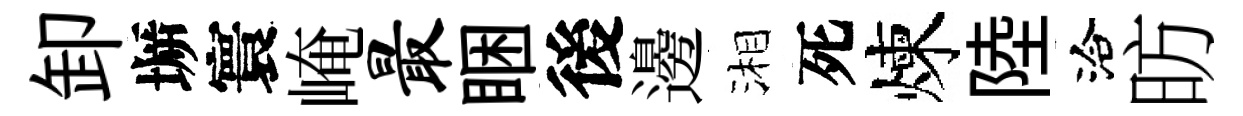
卸󶱲寰崦最睏後邊湘死煉陸洽昉